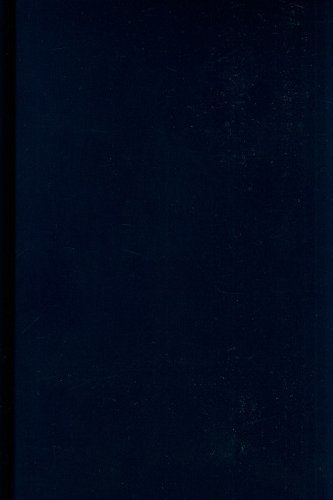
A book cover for Skate Life: Re-Imagining White Masculinity (Technologies of the Imagination: New Media in Everyday Life); Emily Chivers Yochim PhD; Sports & Outdoors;